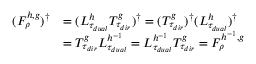
\begin{array} { r l } { ( F _ { \rho } ^ { h , g } ) ^ { \dagger } } & { = ( L _ { \tau _ { d u a l } } ^ { h } T _ { \tau _ { d i r } } ^ { g } ) ^ { \dagger } = ( T _ { \tau _ { d i r } } ^ { g } ) ^ { \dagger } ( L _ { \tau _ { d u a l } } ^ { h } ) ^ { \dagger } } \\ & { = T _ { \tau _ { d i r } } ^ { g } L _ { \tau _ { d u a l } } ^ { h ^ { - 1 } } = L _ { \tau _ { d u a l } } ^ { h ^ { - 1 } } T _ { \tau _ { d i r } } ^ { g } = F _ { \rho } ^ { h ^ { - 1 } , g } } \end{array}